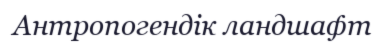
Антропогендік ландшафт